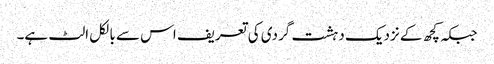
جبکہ کچھ کے نزدیک دہشت گردی کی تعریف اس سے بالکل الٹ ہے۔